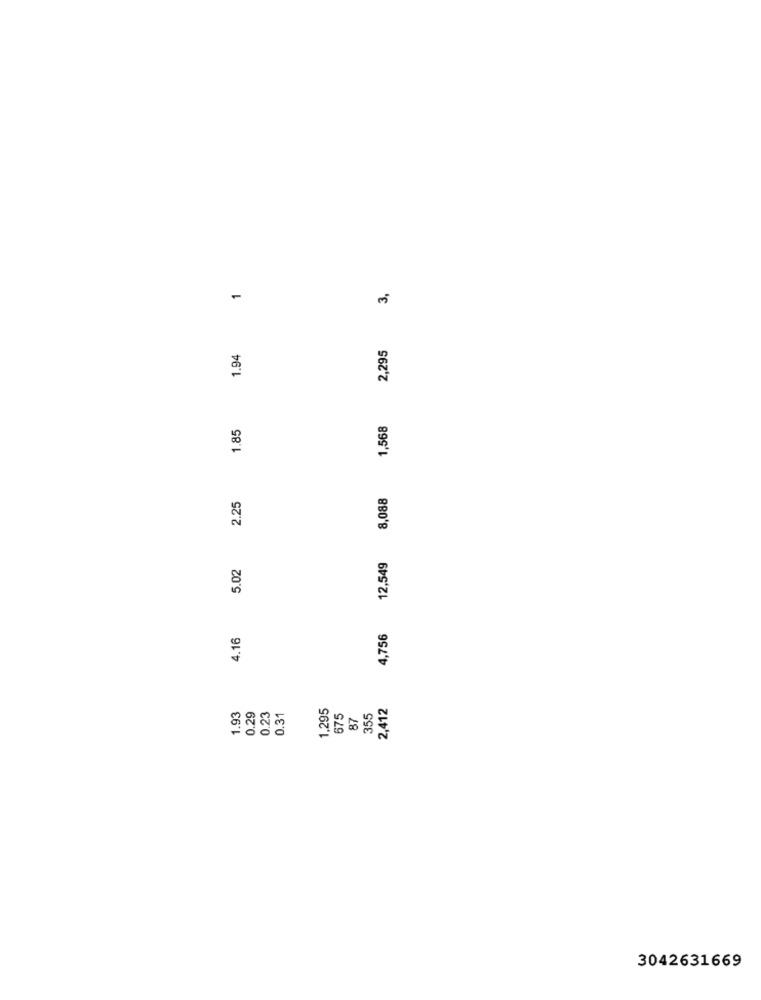
3,
1
2,295
1.94
1.85
1,568
2.25
8,088
12,549
5.02
4,756
4.16
1,295
2,412
1.93
0.29
0.23
0.31
575
87
355
3042631669